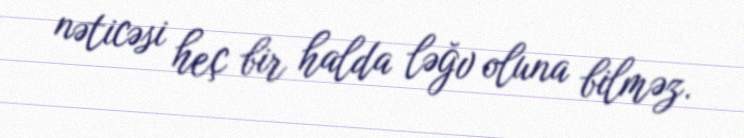
nəticəsi heç bir halda ləğv oluna bilməz.